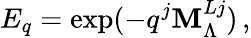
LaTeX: E_{q}=\exp(-q^{j}{\mathbf M}_{\Lambda}^{Lj})\, ,